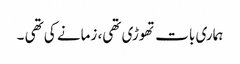
ہماری بات تھوڑی تھی، زمانے کی تھی ۔